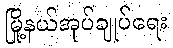
မြို့နယ်အုပ်ချုပ်ရေး